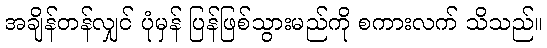
အချိန်တန်လျှင် ပုံမှန် ပြန်ဖြစ်သွားမည်ကို စကားလက် သိသည်။